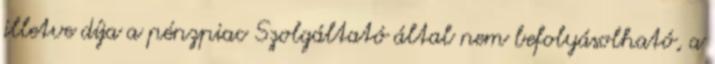
illetve díja a pénzpiac Szolgáltató által nem befolyásolható, a